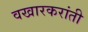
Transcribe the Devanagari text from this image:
वखारकरांती